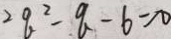
2 q ^ { 2 } - q - 6 = 0